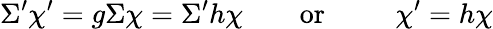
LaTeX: \Sigma^{\prime}\chi^{\prime}=g\Sigma\chi=\Sigma^{\prime}h\chi\qquad\mathrm{or~\qquad~}\chi^{\prime}=h\chi